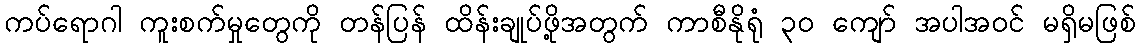
ကပ်ရောဂါ ကူးစက်မှုတွေကို တန်ပြန် ထိန်းချုပ်ဖို့အတွက် ကာစီနိုရုံ ၃၀ ကျော် အပါအဝင် မရှိမဖြစ်